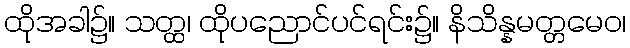
ထိုအခါ၌။ သတ္ထ၊ ထိုပညောင်ပင်ရင်း၌။ နိသိန္နမတ္တမေဝ၊